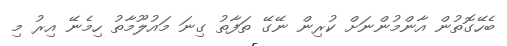
ބެހޭގޮތުން އާންމުންނަށް ކުރިން ނޭގޭ ތަފާތު ގިނަ މައުލޫމާތު ހިމެނޭ އިރު މި